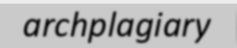
archplagiary